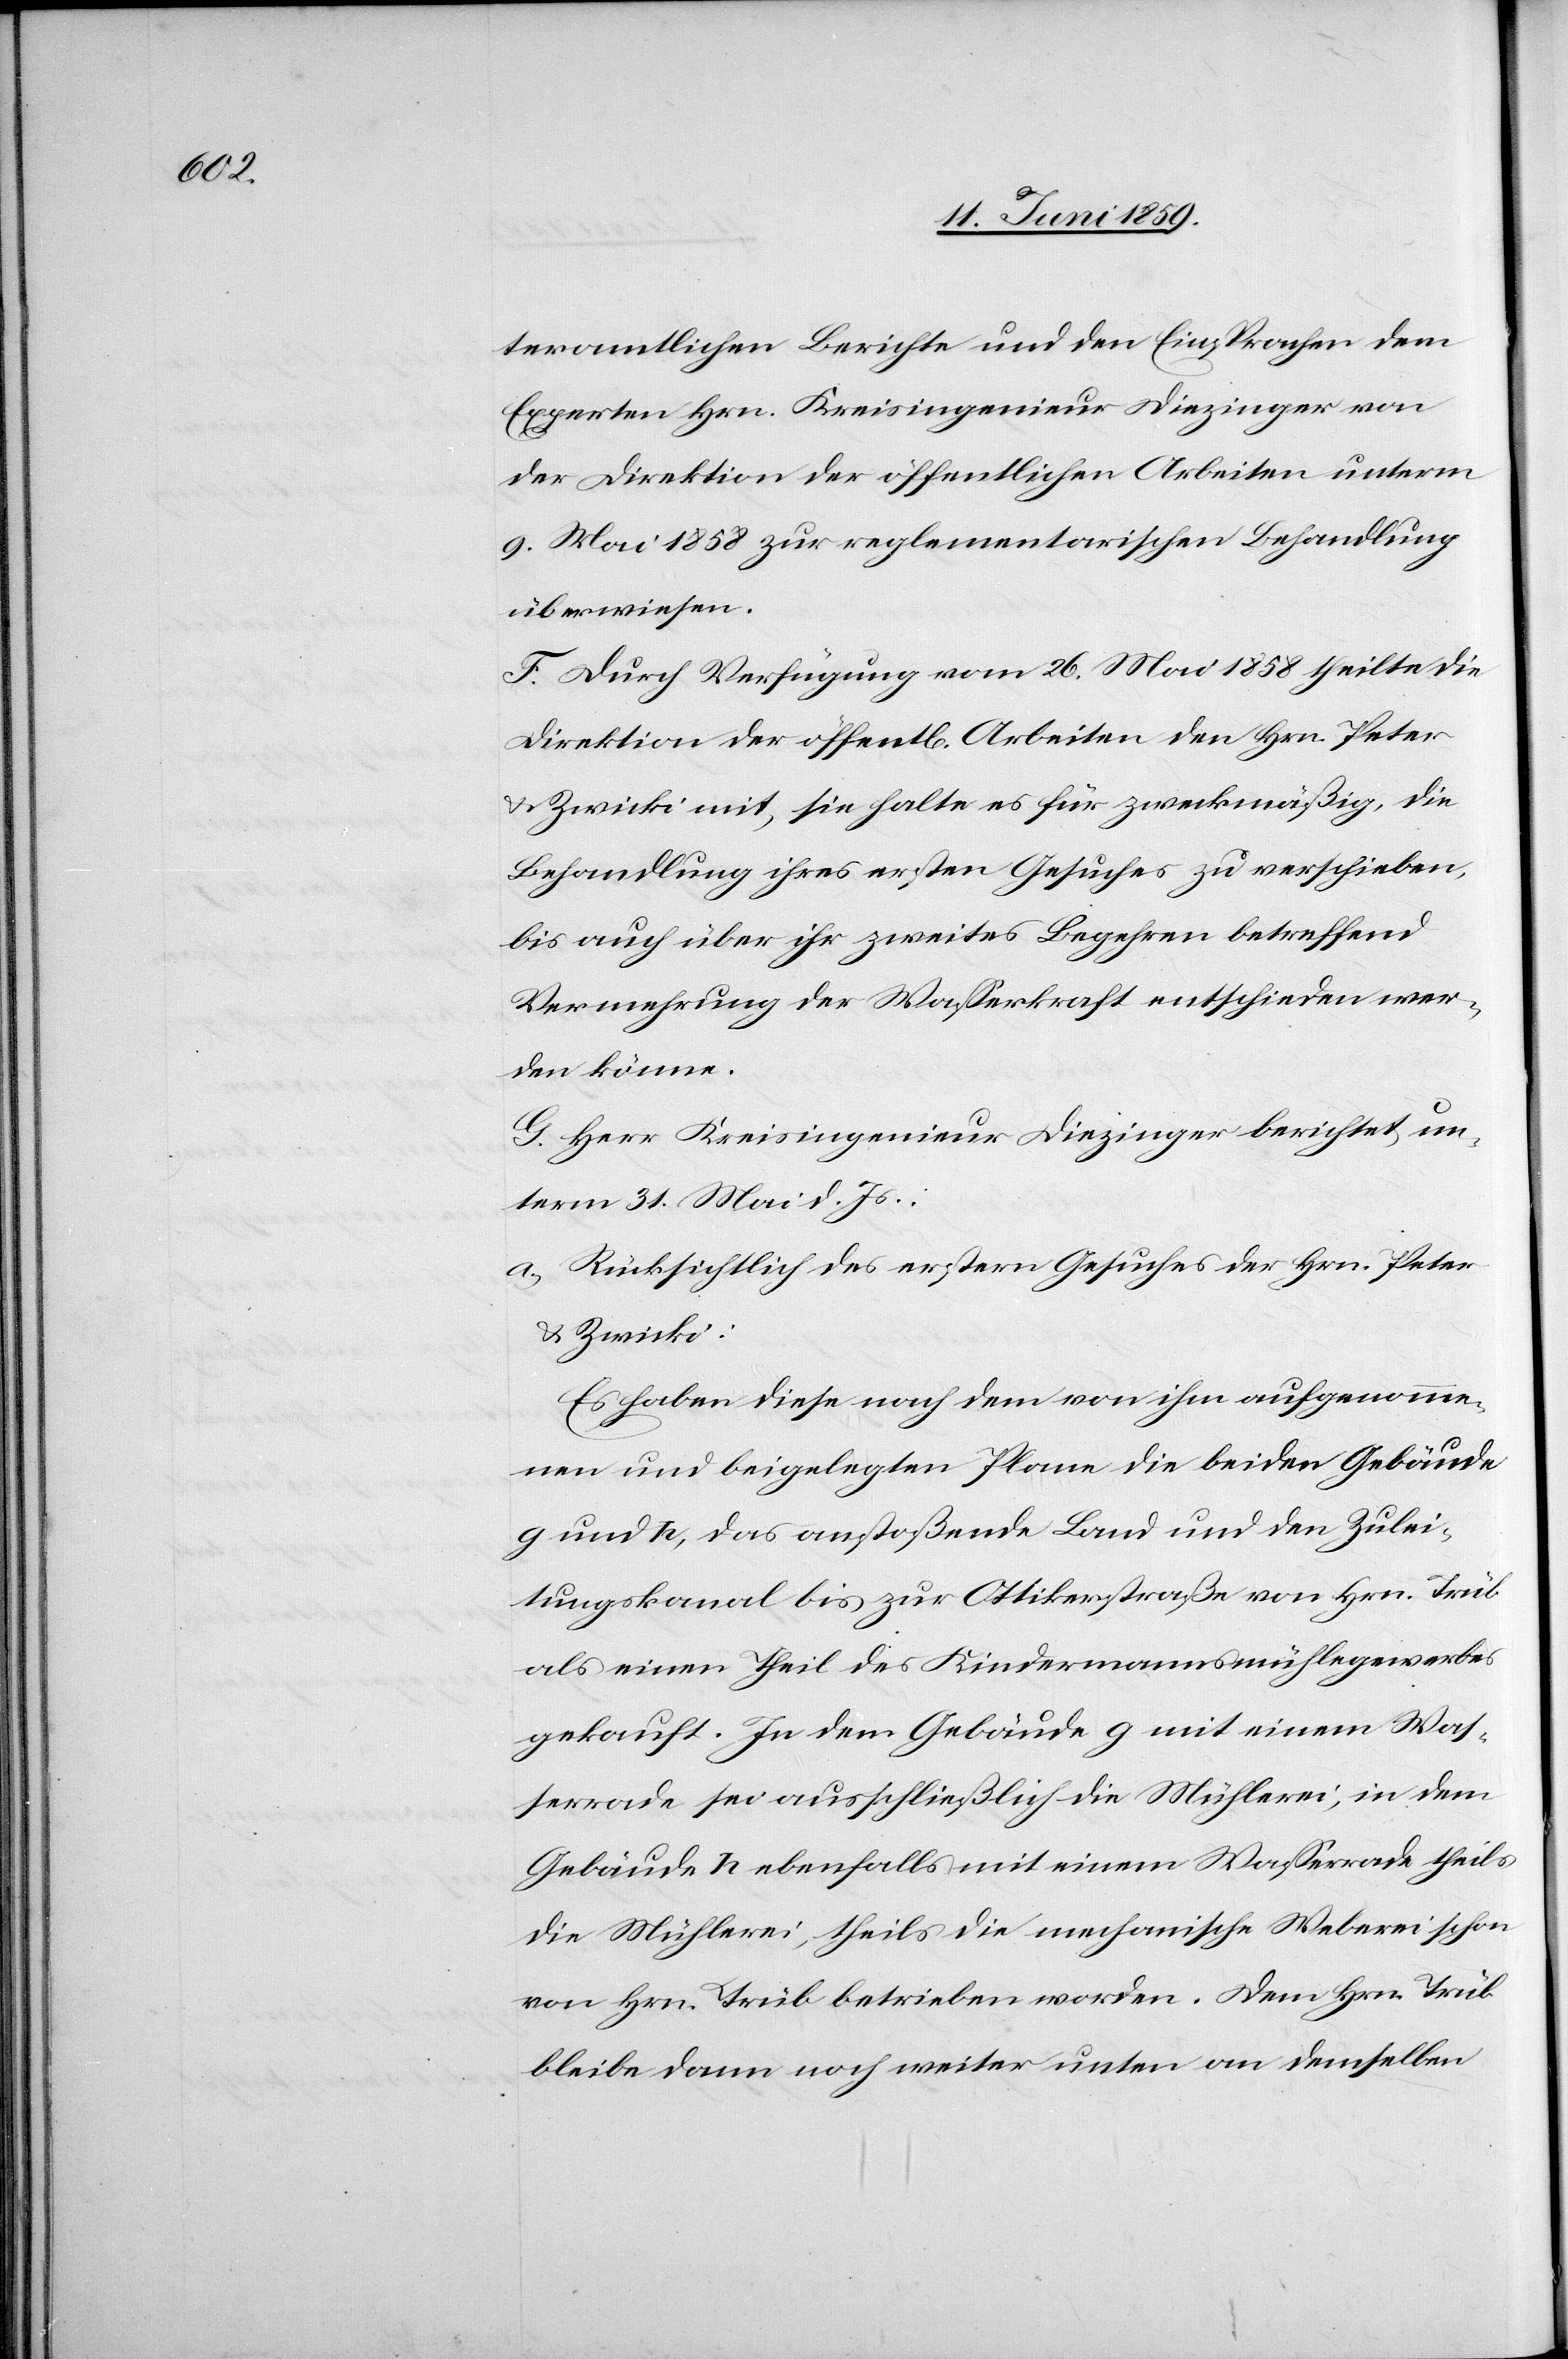
teramtlichen Berichte und den Einsprachen dem
Experten Hrn. Kreisingenieur Diezinger von
der Direktion der öffentlichen Arbeiten unterm
9. Mai 1858 zur reglementarischen Behandlung
überwiesen.
F. Durch Verfügung vom 26. Mai 1858 theilte die
Direktion der öffentl. Arbeiten den Hrn. Peter
& Zwicki mit, sie halte es für zweckmäßig, die
Behandlung ihres ersten Gesuches zu verschieben,
bis auch über ihr zweites Begehren betreffend
Vermehrung der Wasserkraft entschieden wer¬
den könne.
H. Herr Kreisingenieur Diezinger berichtet un¬
term 31. Mai d. Js.:
a) Rücksichtlich des ersten Gesuches der Hrn. Peter
& Zwicki:
Es haben diese nach dem von ihm aufgenomme¬
nen und beigelegten Plane die beiden Gebäude
g und h, das anstoßende Land und den Zulei¬
tungskanal bis zur Ottikerstraße von Hrn. Trüb
als einen Theil des Kindermannsmühlegewerbes
gekauft. In dem Gebäude g mit einem Was¬
serrade h ebenfalls mit einem Wasserrade theils
die Mühlerei, theils die mechanische Weberei schon
von Hrn. Trüb betrieben worden. Dem Hrn. Trüb
bleibe dann noch weiter unten an demselben